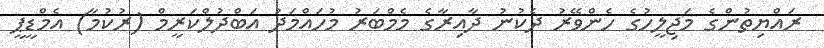
ރައްޔިތުންގެ މަޖިލީހުގެ ހެންވޭރު ދެކުނު ދާއިރާގެ މެމްބަރު މުހައްމަދު އަބްދުލްކަރީމް (ރުކުމާ) އެމްޑީޕީ